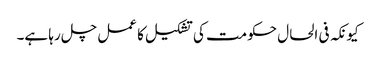
کیونکہ فی الحال حکومت کی تشکیل کا عمل چل رہا ہے۔